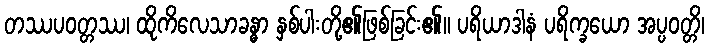
တဿပဝတ္တဿ၊ ထိုကိလေသာခန္ဓာ နှစ်ပါးတို့၏ဖြစ်ခြင်း၏။ ပရိယာဒါနံ ပရိက္ခယော အပ္ပဝတ္တိ၊